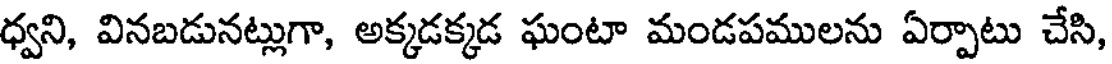
ధ్వని, వినబడునట్లుగా, అక్కడక్కడ ఘంటా మండపములను ఏర్పాటు చేసి,